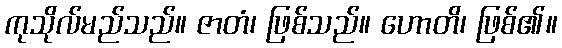
ကုသိုလ်မည်သည်။ ဇာတံ၊ ဖြစ်သည်။ ဟောတိ၊ ဖြစ်၏။